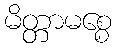
မိတ္တာမစ္စေ